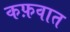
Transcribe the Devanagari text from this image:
कफ़वात